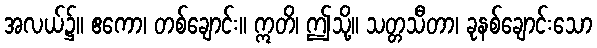
အလယ်၌။ ဧကော၊ တစ်ချောင်း။ ဣတိ၊ ဤသို့။ သတ္တသီတာ၊ ခုနစ်ချောင်းသော